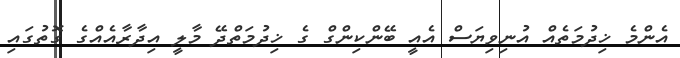
އެންމެ ޚިދުމަތެއް އުނިވިޔަސް އެއީ ބޭންކިންގް ގެ ޚިދުމަތްދޭ މާލީ އިދާރާއެއްގެ ގޮތުގައި